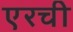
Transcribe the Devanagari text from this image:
एरची